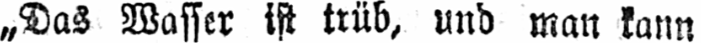
„Das Wasser ist trüb, und man kann